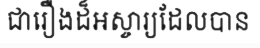
ជារឿងដ៏អស្ចារ្យដែលបាន